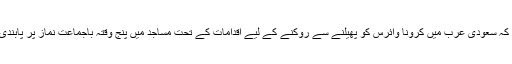
خیال رہے کہ سعودی عرب میں کرونا وائرس کو پھیلنے سے روکنے کے لیے اقدامات کے تحت مساجد میں پنج وقتہ باجماعت نماز پر پابندی عاید ہے ۔